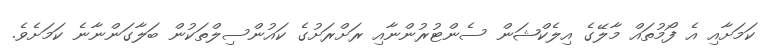
ކަމަށާއި އެ ފޯމުތައް މާލޭގެ އިލެކްޝަން ސެންޓުރުންނާއި ރަށްރަށުގެ ކައުންސިލްތަކުން ބަލާގަންނާނެ ކަމަށެވެ.